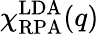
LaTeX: \chi_{\mathrm{RPA}}^{\mathrm{LDA}}(q)